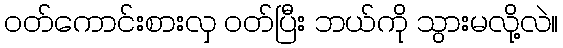
ဝတ်ကောင်းစားလှ ဝတ်ပြီး ဘယ်ကို သွားမလို့လဲ။